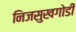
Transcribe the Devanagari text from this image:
निजसुखगोडी